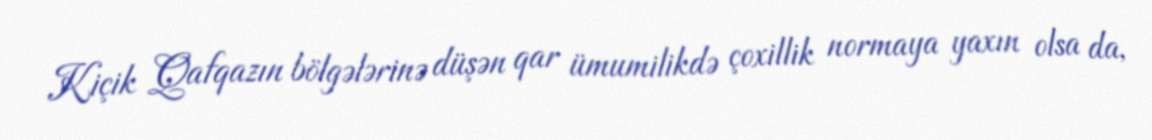
Kiçik Qafqazın bölgələrinə düşən qar ümumilikdə çoxillik normaya yaxın olsa da,